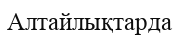
Алтайлықтарда